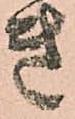
き